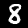
Digit: 8